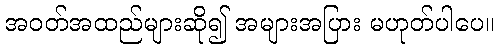
အဝတ်အထည်များဆို၍ အများအပြား မဟုတ်ပါပေ။